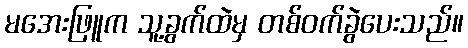
မအေးဖြူက သူ့ခွက်ထဲမှ တစ်ဝက်ခွဲပေးသည်။